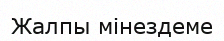
Жалпы мінездеме